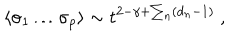
\langle \sigma _ { 1 } \dots \sigma _ { p } \rangle \sim t ^ { 2 - \gamma + \sum _ { n } ( d _ { n } - 1 ) } \ ,